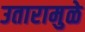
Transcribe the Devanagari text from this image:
उतारामुळे